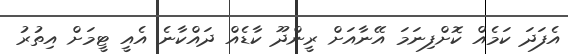
އެފަދަ ކަމެއް ކޮށްފިނަމަ އޭނާއަށް ރީންދޫ ކާޑެއް ދައްކާނެ އެއީ ޓީމަށް އިތުރު